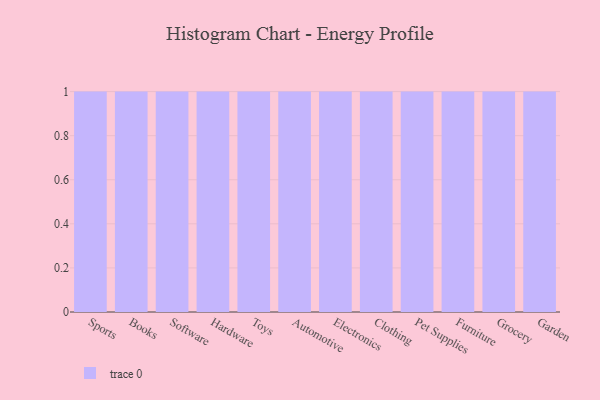
{"axis": {"x": "Category", "y": "Satisfaction Score"}, "legend": [""], "data": [{"x": "Sports", "y": 71, "type": ""}, {"x": "Books", "y": 5, "type": ""}, {"x": "Software", "y": 54, "type": ""}, {"x": "Hardware", "y": 88, "type": ""}, {"x": "Toys", "y": 60, "type": ""}, {"x": "Automotive", "y": 1, "type": ""}, {"x": "Electronics", "y": 47, "type": ""}, {"x": "Clothing", "y": 52, "type": ""}, {"x": "Pet Supplies", "y": 27, "type": ""}, {"x": "Furniture", "y": 55, "type": ""}, {"x": "Grocery", "y": 55, "type": ""}, {"x": "Garden", "y": 86, "type": ""}]}